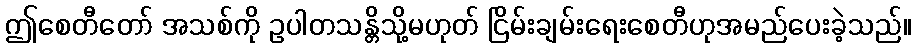
ဤစေတီတော် အသစ်ကို ဥပါတသန္တိသို့မဟုတ် ငြိမ်းချမ်းရေးစေတီဟုအမည်ပေးခဲ့သည်။